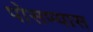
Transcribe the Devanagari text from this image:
पोसण्यास